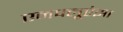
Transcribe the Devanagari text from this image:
एनफ्लूएंझा